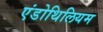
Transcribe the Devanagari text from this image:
एंडोथिलियम